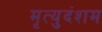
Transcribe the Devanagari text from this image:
मृत्युदंशम